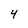
Character: 4